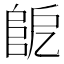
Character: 𨸷